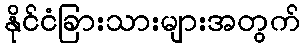
နိုင်ငံခြားသားများအတွက်